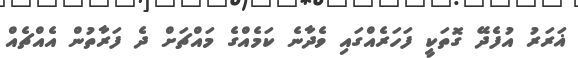
ޣަރަރު އުފެދޭ ގޮތަކީ ފަހަރެއްގައި ވެދާނެ ކަމެއްގެ މައްޗަށް ދެ ފަރާތުން އެއްޗެއް